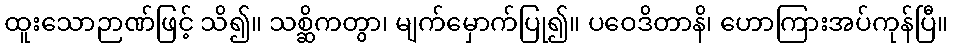
ထူးသောဉာဏ်ဖြင့် သိ၍။ သစ္ဆိကတွာ၊ မျက်မှောက်ပြု၍။ ပဝေဒိတာနိ၊ ဟောကြားအပ်ကုန်ပြီ။